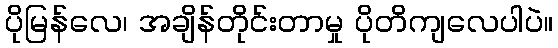
ပိုမြန်လေ၊ အချိန်တိုင်းတာမှု ပိုတိကျလေပါပဲ။